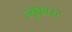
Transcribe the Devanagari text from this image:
न्यूकास्ट